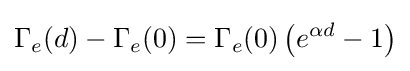
\Gamma _{e}(d)-\Gamma _{e}(0)=\Gamma _{e}(0)\left(e^{\alpha d}-1\right)